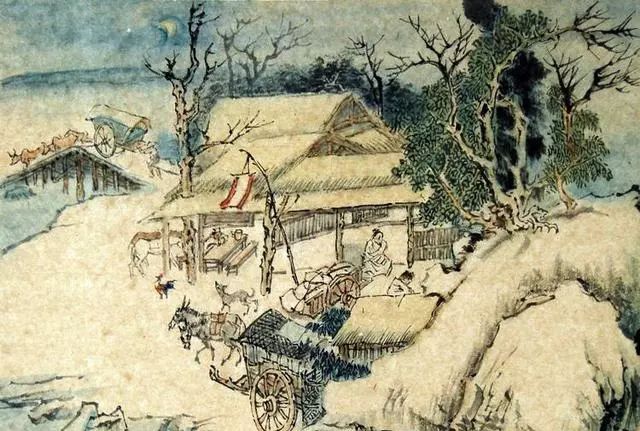
鸡声茅店月，人迹板桥霜。